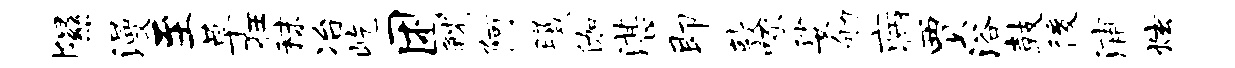
隰漫至草狂秣冶屹困觥阿曦伽湛即敦啄娑劬病贾浴鼓後浦炫